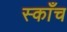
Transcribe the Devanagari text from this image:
स्काँच